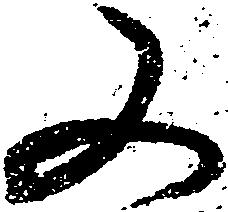
又